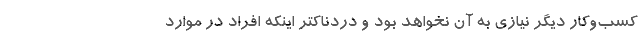
کسب‌وکار دیگر نیازی به آن نخواهد بود و دردناکتر اینکه افراد در موارد